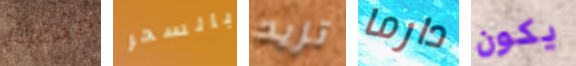
محلية بالسحر تزيد دارما يكون